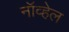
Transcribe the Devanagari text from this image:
नॉव्हेल